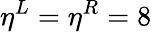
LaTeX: {\eta}^{L}={\eta}^{R}=8